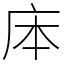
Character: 㡷